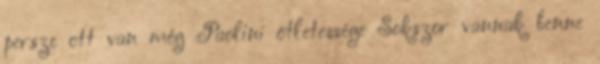
persze ott van még Paolini ötletessége Sokszor vannak benne